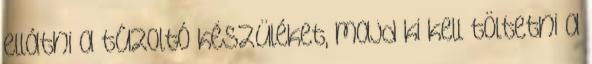
ellátni a tûzoltó készüléket, majd ki kell töltetni a